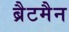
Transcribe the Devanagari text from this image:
ब्रैटमैन